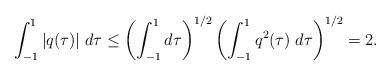
LaTeX: \begin{align*}\int_{-1}^1 |q(\tau)| \; d\tau \le\left( \int_{-1}^1 d\tau \right)^{1/2}\left( \int_{-1}^1 q^2(\tau) \; d \tau \right)^{1/2} = 2.\end{align*}